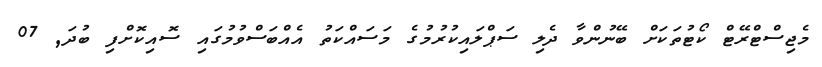
މެޖިސްޓްރޭޓް ކޯޓުތަކަށް ބޭނުންވާ ދެލި ސަޕްލައިކުރުމުގެ މަސައްކަތު އެއްބަސްވުމުގައި ސޮއިކޮށްފި ބުދަ